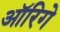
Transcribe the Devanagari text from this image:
ऑरिगे